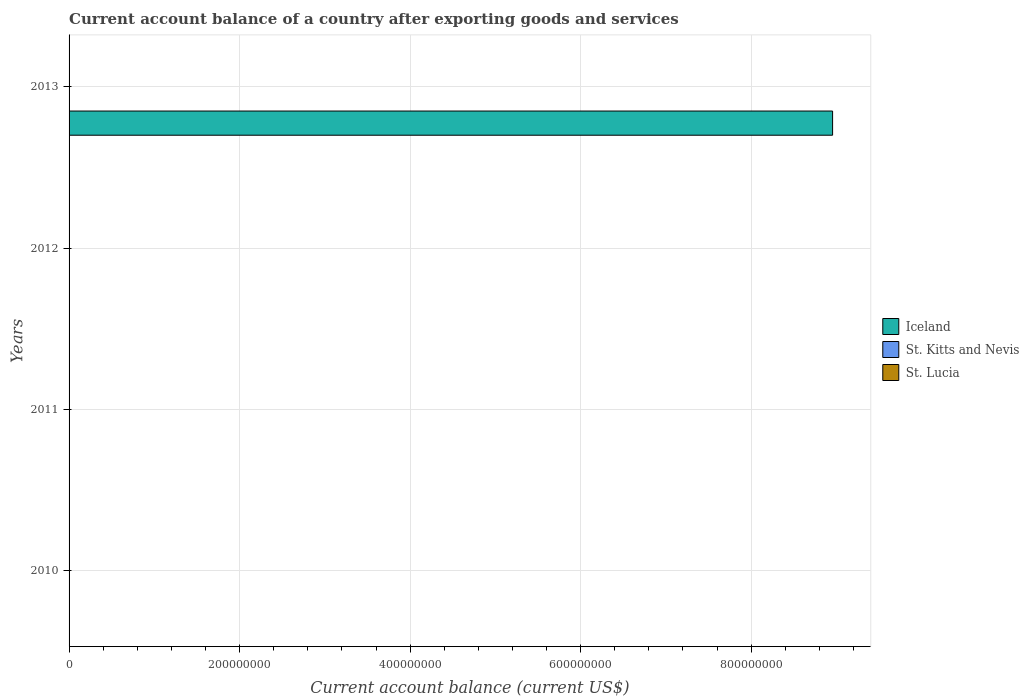
| Years | Iceland | St. Kitts and Nevis | St. Lucia |
 | --- | --- | --- | --- |
 | 2010 | -2.82e+08 | -1.39e+08 | -2.03e+08 |
 | 2011 | -6.18e+08 | -1.02e+08 | -2.43e+08 |
 | 2012 | -9.62e+08 | -8.47e+07 | -1.83e+08 |
 | 2013 | 8.96e+08 | -6.27e+07 | -1e+08 |